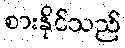
စားနိုင်သည်